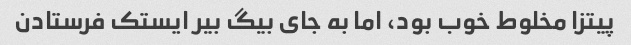
پیتزا مخلوط خوب بود، اما به جای بیگ بیر ایستک فرستادن